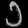
Digit: ၁